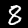
Label: 8